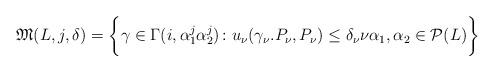
LaTeX: \begin{align*}\mathfrak{M}(L,j,\delta)= \bigg\{ \gamma\in \Gamma(i,\alpha_1^j\alpha_2^j)\colon u_{\nu}(\gamma_{\nu}.P_{\nu},P_{\nu})\leq \delta_{\nu}\nu \alpha_1,\alpha_2\in \mathcal{P}(L) \bigg\} \end{align*}